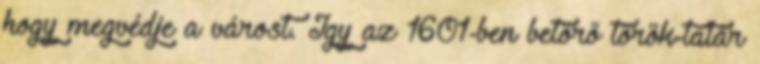
hogy megvédje a várost. Így az 1601-ben betörő török-tatár